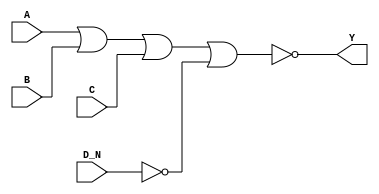
/*
 * Copyright 2020 The SkyWater PDK Authors
 *
 * Licensed under the Apache License, Version 2.0 (the "License");
 * you may not use this file except in compliance with the License.
 * You may obtain a copy of the License at
 *
 *     https://www.apache.org/licenses/LICENSE-2.0
 *
 * Unless required by applicable law or agreed to in writing, software
 * distributed under the License is distributed on an "AS IS" BASIS,
 * WITHOUT WARRANTIES OR CONDITIONS OF ANY KIND, either express or implied.
 * See the License for the specific language governing permissions and
 * limitations under the License.
 *
 * SPDX-License-Identifier: Apache-2.0
*/


`ifndef SKY130_FD_SC_MS__NOR4B_BEHAVIORAL_V
`define SKY130_FD_SC_MS__NOR4B_BEHAVIORAL_V

/**
 * nor4b: 4-input NOR, first input inverted.
 *
 * Verilog simulation functional model.
 */

`timescale 1ns / 1ps
`default_nettype none

`celldefine
module sky130_fd_sc_ms__nor4b (
    Y  ,
    A  ,
    B  ,
    C  ,
    D_N
);

    // Module ports
    output Y  ;
    input  A  ;
    input  B  ;
    input  C  ;
    input  D_N;

    // Module supplies
    supply1 VPWR;
    supply0 VGND;
    supply1 VPB ;
    supply0 VNB ;

    // Local signals
    wire not0_out  ;
    wire nor0_out_Y;

    //  Name  Output      Other arguments
    not not0 (not0_out  , D_N              );
    nor nor0 (nor0_out_Y, A, B, C, not0_out);
    buf buf0 (Y         , nor0_out_Y       );

endmodule
`endcelldefine

`default_nettype wire
`endif  // SKY130_FD_SC_MS__NOR4B_BEHAVIORAL_V